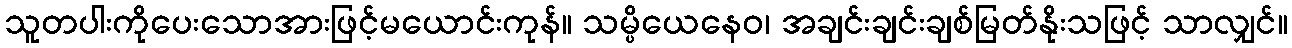
သူတပါးကိုပေးသောအားဖြင့်မယောင်းကုန်။ သမ္ပိယေနေဝ၊ အချင်းချင်းချစ်မြတ်နိုးသဖြင့် သာလျှင်။